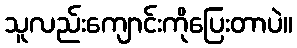
သူလည်းကျောင်းကိုပြေးတာပဲ။